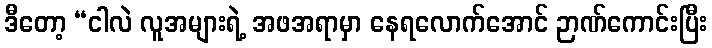
ဒီတော့ “ငါလဲ လူအများရဲ့ အဖအရာမှာ နေရလောက်အောင် ဉာဏ်ကောင်းပြီး